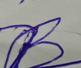
Signature authenticity: forged